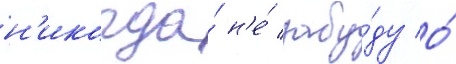
н'икогда́ н'е́ забу́ду о́